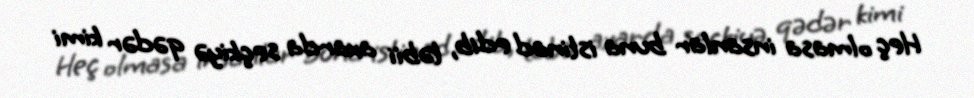
Heç olmasa insanlar buna istinad edib, təbii axarda seçkiyə qədər kimi